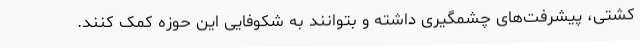
کشتی، پیشرفت‌های چشمگیری داشته و بتوانند به شکوفایی این حوزه کمک کنند.